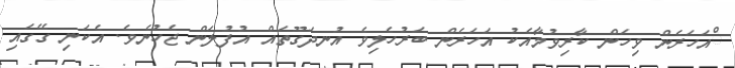
ްއަހަރެން ވިހަން ކާރިވުމާއެކު އަހަރެން ބަރުހެލިވެ އުނދަގޫތައް އުފުލަން ޖެހުނެވެ. އެކަނި ގޭގައި